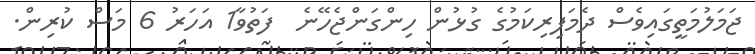
ޖަމަލުމަތީގައިވެސް ދެމަފިރިކަމުގެ ގުޅުން ހިންގަންޖެހޭނެ  ފަތުވާ1 އަހަރު 6 މަސް ކުރިން.